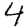
Digit: 4